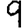
Digit: 9